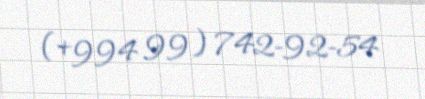
(+994 99) 742-92-54